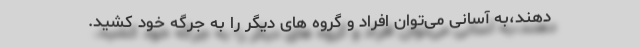
‌دهند،به آسانی می‌توان افراد و گروه های دیگر را به جرگه خود کشید.